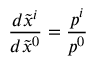
\frac { d \tilde { x } ^ { i } } { d \tilde { x } ^ { 0 } } = \frac { p ^ { i } } { p ^ { 0 } }